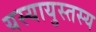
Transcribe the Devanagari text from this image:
यस्यायुस्तस्य